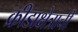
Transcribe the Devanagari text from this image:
क्रीडाक्षेत्राची